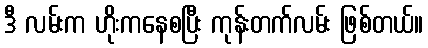
ဒီ လမ်းက ဟိုးကနေစပြီး ကုန်းတက်လမ်း ဖြစ်တယ်။